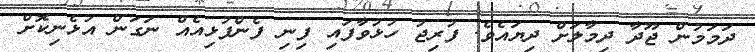
ދަމަމުން ޖޫދާ ދިމާލަށް ދިޔައެވެ. ފުރިޖު ހުޅުވާފައި ފިނި ފެންފުޅިއެއް ނަގަން އުޅެނިކޮށް